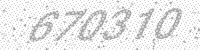
Solution: 670310